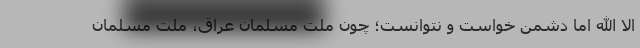
الا الله اما دشمن خواست و نتوانست؛ چون ملت مسلمان عراق، ملت مسلمان